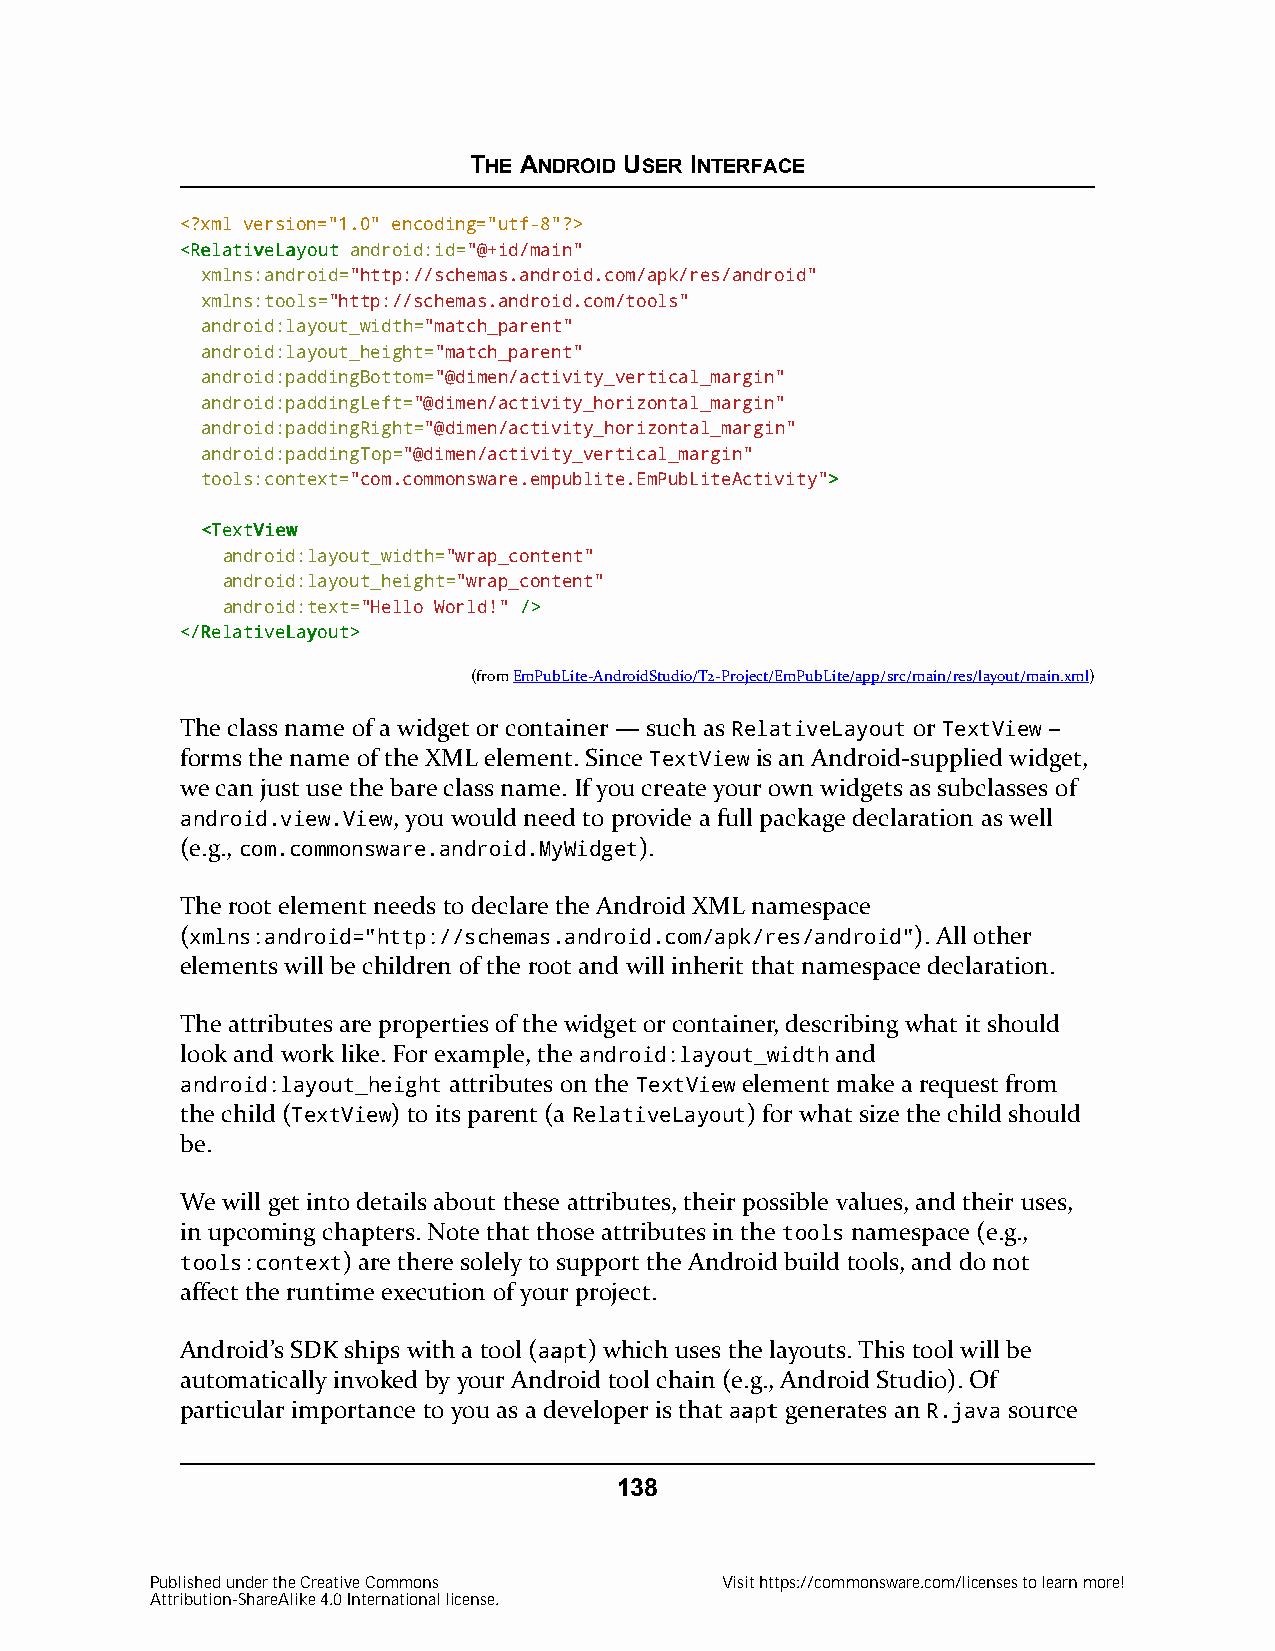
THE ANDROID USER INTERFACE
 <?xml version="1.0" encoding="utf-8"?>
 <<RReellaattiivveeLLaayyoouutt android:id="@+id/main"
 xmlns:android="http://schemas.android.com/apk/res/android"
 xmlns:tools="http://schemas.android.com/tools"
 android:layout_width="match_parent"
 android:layout_height="match_parent"
 android:paddingBottom="@dimen/activity_vertical_margin"
 android:paddingLeft="@dimen/activity_horizontal_margin"
 android:paddingRight="@dimen/activity_horizontal_margin"
 android:paddingTop="@dimen/activity_vertical_margin"
 tools:context="com.commonsware.empublite.EmPubLiteActivity">>
 <<TTeexxttVViieeww
 android:layout_width="wrap_content"
 android:layout_height="wrap_content"
 android:text="Hello World!" //>>
 <<//RReellaattiivveeLLaayyoouutt>>
 (fromEmPubLite-AndroidStudio/T2-Project/EmPubLite/app/src/main/res/layout/main.xml)
 The class name of a widget or container — such as RelativeLayout or TextView –
 forms the name of the XML element. Since TextView is an Android-supplied widget,
 we can just use the bare class name. If you create your own widgets as subclasses of
 android.view.View, you would need to provide a full package declaration as well
 (e.g., com.commonsware.android.MyWidget).
 The root element needs to declare the Android XML namespace
 (xmlns:android="http://schemas.android.com/apk/res/android"). All other
 elements will be children of the root and will inherit that namespace declaration.
 The attributes are properties of the widget or container, describing what it should
 look and work like. For example, the android:layout_width and
 android:layout_height attributes on the TextView element make a request from
 the child (TextView) to its parent (a RelativeLayout) for what size the child should
 be.
 We will get into details about these attributes, their possible values, and their uses,
 in upcoming chapters. Note that those attributes in the tools namespace (e.g.,
 tools:context) are there solely to support the Android build tools, and do not
 affect the runtime execution of your project.
 Android’s SDK ships with a tool (aaaapptt) which uses the layouts. This tool will be
 automatically invoked by your Android tool chain (e.g., Android Studio). Of
 particular importance to you as a developer is that aaaappttgenerates an R.java source
 138
 Published under the Creative Commons  Visit https://commonsware.com/licenses to learn more!
 Attribution-ShareAlike 4.0 International license.